Vaccination in Bombay 1869-1873 - 1869-1873
Year: 1869
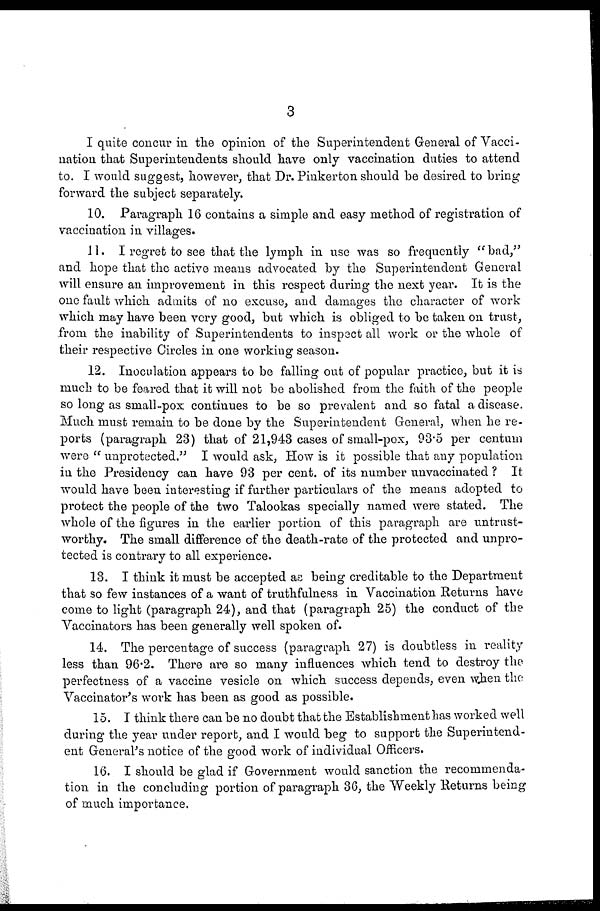
3
I quite concur in the opinion of the Superintendent General of Vacci-
nation that Superintendents should have only vaccination duties to attend
to. I would suggest, however, that Dr. Pinkerton should be desired to bring
forward the subject separately.
10. Paragraph 16 contains a simple and easy method of registration of
vaccination in villages.
11. I regret to see that the lymph in use was so frequently "bad,"
and hope that the active means advocated by the Superintendent General
will ensure an improvement in this respect during the next year. It is the
one fault which admits of no excuse, and damages the character of work
which may have been very good, but which is obliged to be taken on trust,
from the inability of Superintendents to inspect all work or the whole of
their respective Circles in one working season.
12. Inoculation appears to be falling out of popular practice, but it is
much to be feared that it will not be abolished from the faith of the people
so long as small-pox continues to be so prevalent and so fatal a disease.
Much must remain to be done by the Superintendent General, when he re-
ports (paragraph 23) that of 21,943 cases of small-pox, 93.5 per centum
were " unprotected." I would ask, How is it possible that any population
in the Presidency can have 93 per cent. of its number unvaccinated ? It
would have been interesting if further particulars of the means adopted to
protect the people of the two Talookas specially named were stated. The
whole of the figures in the earlier portion of this paragraph are untrust-
worthy. The small difference of the death-rate of the protected and unpro-
tected is contrary to all experience.
13. I think it must be accepted as being creditable to the Department
that so few instances of a want of truthfulness in Vaccination Returns have
come to light (paragraph 24), and that (paragraph 25) the conduct of the
Vaccinators has been generally well spoken of.
14. The percentage of success (paragraph 27) is doubtless in reality
less than 96.2. There are so many influences which tend to destroy the
perfectness of a vaccine vesicle on which success depends, even when the
Vaccinator's work has been as good as possible.
15. I think there can be no doubt that the Establishment has worked well
during the year under report, and I would beg to support the Superintend-
ent General's notice of the good work of individual Officers.
16. I should be glad if Government would sanction the recommenda-
tion in the concluding portion of paragraph 36, the Weekly Returns being
of much importance.